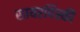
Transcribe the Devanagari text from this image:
सायरपिंस्की